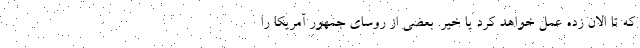
که تا الان زده عمل خواهد کرد یا خیر. بعضی از روسای جمهور آمریکا را